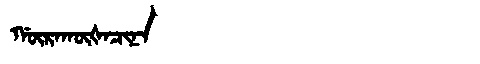
Manchu: ᡤᡡᡵᠠᡴᡡᡧᠠᠴᡳᠨᠠ
Romanization: GŪRAKŪŠACINA